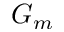
G _ { m }